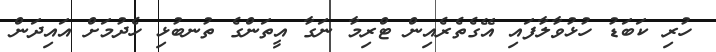
ހުރި ކަބަޑު ހުޅުވާލާފައި އޭގެތެރެއިން ޓްރިމާ ނަގާ އީތަންގެ ތުނބުޅި ހެދުމަށް އައިދަން